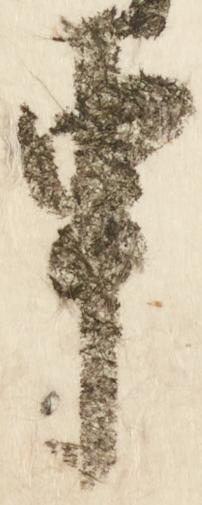
申